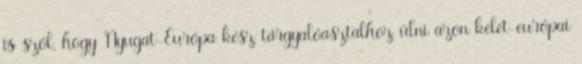
is szól, hogy Nyugat-Európa kész tárgyalóasztalhoz ülni azon kelet-európai